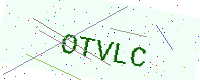
Text: OTVLC